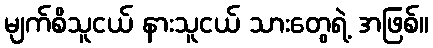
မျက်စိသူငယ် နားသူငယ် သားတွေရဲ့ အဖြစ်။